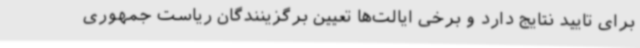
برای تایید نتایج دارد و برخی ایالت‌ها تعیین برگزینندگان ریاست جمهوری